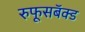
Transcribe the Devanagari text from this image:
रुफूसबॅक्ड